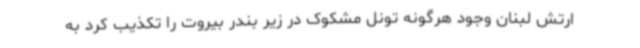
ارتش لبنان وجود هرگونه تونل مشکوک در زیر بندر بیروت را تکذیب کرد به